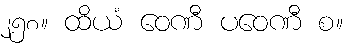
၂၅၈။ ထိယံ ဝေဏီ ပဝေဏီ စ။